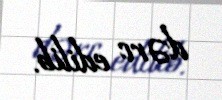
dərc edilib.